Leaving Certificate Examination (including Day School Certificate (Higher) General paper), 1936
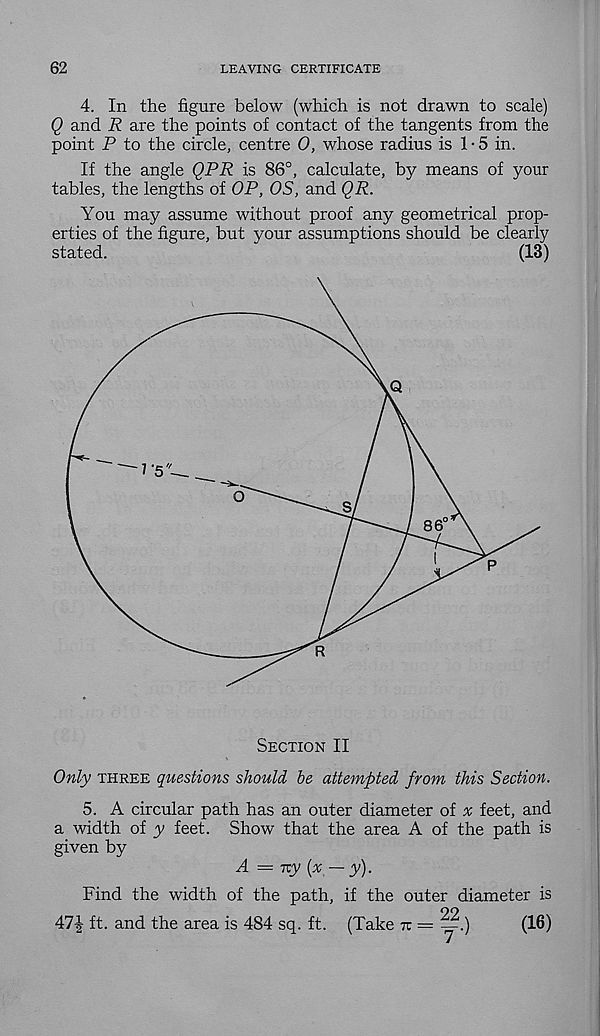
62
LEAVING CERTIFICATE
4. In the figure below (which is not drawn to scale)
Q and R are the points of contact of the tangents from the
point P to the circle, centre 0, whose radius is 1-5 in.
If the angle QPR is 86°, calculate, by means of your
tables, the lengths of OP, OS, and QR.
You may assume without proof any geometrical prop-
erties of the figure, but your assumptions should be clearly
stated.
(13)
Only three questions should be attempted from this Section.
5. A circular path has an outer diameter of x feet, and
a width of y feet. Show that the area A of the path is
given by
A = ny (x — y).
Find the width of the path, if the outer diameter is
47| ft. and the area is 484 sq. ft. (Take tt = y.)
(16)